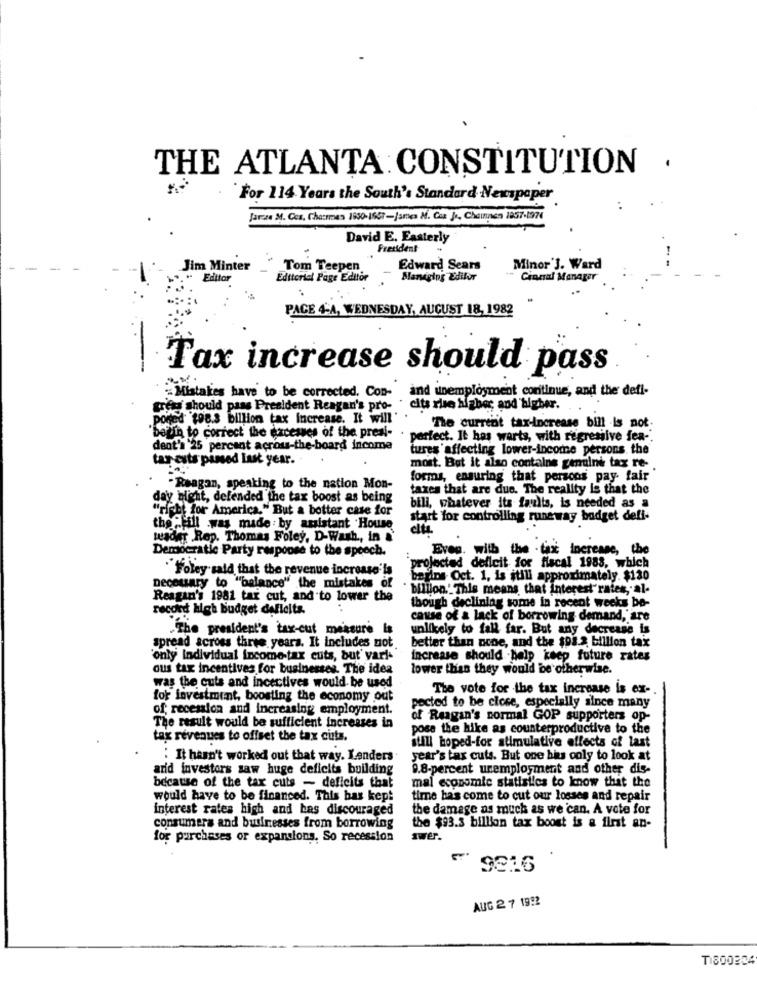
THE ATLANTA CONSTITUTION .
For 114 Years the South's Standard Newspaper
Jarzze M. Cos, Charmes 1930-1607-james M. Con J ., Cheinnen 1957-1974
David E. Easterly
President
Jim Minter
Tom Teepen
Edward Sears
Minor']. Ward
Edittor
Editorial Page Editor
Managing Edilur
Cineal Manage
PACE 4-A, WEDNESDAY, AUGUST 18, 1982
Tax increase should pass
Mistakes have to be corrected. Con- and unemployment continue, and the defl-
greg should pass President Reagan's pro-
· cits rise higher and higher.
poited 198.3 billion tax Increase. It will
'begin to correct the excesses of the presi-
"The current tax-increase bill is not:
perfect. It has warts, with regressive fea -.
dent'a '25 percent across-the-board income
tures affecting lower-income persons the
tar ests passed Last year.
most. But it also contains genuine tax re-
forms, ensuring that perscos pay- fair'
- Reagan, speaking to the nation Mon-
taxes that are due. The reality is that the
day night, defended the tax boost as being
"richt for America," But a botter case for
bili, whatever its faults, is needed as a
start for controlling runeway budget defi-
the "fill was made by assistant House
weaday Rep. Thomas Foley, D-Wash, in
Even. with the tax increase, the
Democratic Party response to the speech.
"Foley said that the revenue increase'ls
projected deficit for fiscal 1983, which
begins Oct. 1, is still approximately $130
Deceuary to "balance" the mistakes of
billion." This means that interest rates, al-
Reagan's 1981 tax cut, and to lower the
record high budget defleits.
though declining some in recent weeks be-
cause of a lack of borrowing demand, are
.The president's tax-cut measure la
unlikely to fall far. But any decrease is
better than pone, and the $98.2 billion tax
spread across three years. It includes not.
'only Individual income tax cuts, but' varl-
increase should help keep future rates
ous tax incentives for businesses. The idea
lower than they would be otherwise.
was the cuts and incectives would be used
The vote for the tax increase is ex-
for investment, boosting the economy out
pected to be close, especially since many
of; recession and increasing employment.
of Reagan's normal GOP supporters op-
The result would be sufficient increases in
pose the hike as counterproductive to the
tax revenues to offset the tax cuts.
itill hoped-for stimulative effects of last
:It hasn't worked out that way. Lenders
year's tax cuts. But one hits only to look at
arid investors saw huge deficits building
9.8-percent unemployment and other dis-
because of the tax cuts - deficits that
mal economic statistics to know that the
would have to be financed. This bas kep!
time has come to cut our losses and repair
interest rates high and bas discouraged
the damage as much as we can. A vote for
consumers and businesses from borrowing
the $93.3 billion tax boost is a first an-
for purchases or expansions. So recession
swer.
9816
AUG 2 7 19:2
TI800204